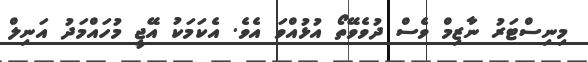
މިނިސްޓަރު ނާޒިމް ވެސް ދުވެވޭތޯ އުޅުއްވަ އެވެ. އެކަމަކު އޭޖީ މުހައްމަދު އަނިލް